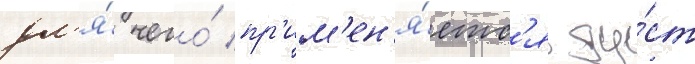
дл'я́ чего́ пр'им'ен'я́етс'я ду́ст